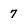
Character: 7